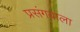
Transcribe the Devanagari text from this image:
प्रसंगवाला